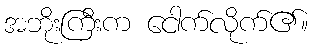
အဘိုးကြီးက ငေါက်လိုက်၏။